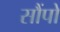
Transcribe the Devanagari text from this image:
सौंपो